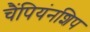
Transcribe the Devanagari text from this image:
चैंपियंनशिप